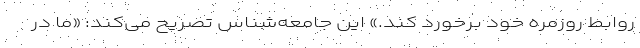
روابط روزمره خود برخورد کند.» این جامعه‌شناس تصریح می‌کند: «ما در